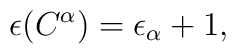
\epsilon(C^{\alpha})=\epsilon_{\alpha}+1,